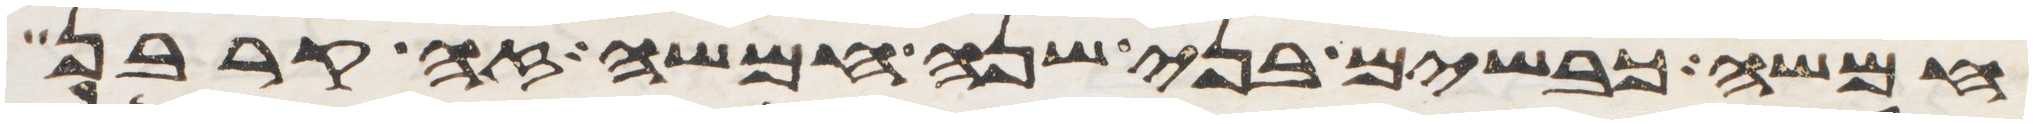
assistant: חמשה כבשים בני שנה חמשה זה קרבן